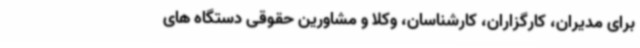
برای مدیران، کارگزاران، کارشناسان، وکلا و مشاورین حقوقی دستگاه های